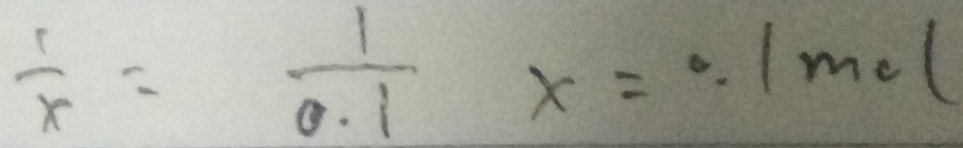
\frac { 1 } { x } = \frac { 1 } { 0 . 1 } x = 0 . 1 m o l